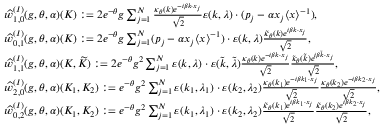
\begin{array} { r l } & { \widehat { w } _ { 1 , 0 } ^ { ( I ) } ( g , \theta , \alpha ) ( K ) : = 2 e ^ { - \theta } g \sum _ { j = 1 } ^ { N } \frac { \kappa _ { \theta } ( k ) e ^ { - i \beta k \cdot x _ { j } } } { \sqrt { 2 } } \varepsilon ( k , \lambda ) \cdot ( p _ { j } - \alpha x _ { j } \langle x \rangle ^ { - 1 } ) , } \\ & { \widehat { w } _ { 0 , 1 } ^ { ( I ) } ( g , \theta , \alpha ) ( K ) : = 2 e ^ { - \theta } g \sum _ { j = 1 } ^ { N } ( p _ { j } - \alpha x _ { j } \langle x \rangle ^ { - 1 } ) \cdot \varepsilon ( k , \lambda ) \frac { \tilde { \kappa } _ { \theta } ( k ) e ^ { i \beta k \cdot x _ { j } } } { \sqrt { 2 } } , } \\ & { \widehat { w } _ { 1 , 1 } ^ { ( I ) } ( g , \theta , \alpha ) ( K , \widetilde { K } ) : = 2 e ^ { - \theta } g ^ { 2 } \sum _ { j = 1 } ^ { N } \varepsilon ( k , \lambda ) \cdot \varepsilon ( \widetilde { k } , \widetilde { \lambda } ) \frac { \kappa _ { \theta } ( k ) e ^ { - i \beta k \cdot x _ { j } } } { \sqrt { 2 } } \frac { \tilde { \kappa } _ { \theta } ( \widetilde { k } ) e ^ { i \beta \widetilde { k } \cdot x _ { j } } } { \sqrt { 2 } } , } \\ & { \widehat { w } _ { 2 , 0 } ^ { ( I ) } ( g , \theta , \alpha ) ( K _ { 1 } , K _ { 2 } ) : = e ^ { - \theta } g ^ { 2 } \sum _ { j = 1 } ^ { N } \varepsilon ( k _ { 1 } , \lambda _ { 1 } ) \cdot \varepsilon ( { k } _ { 2 } , { \lambda } _ { 2 } ) \frac { \kappa _ { \theta } ( k _ { 1 } ) e ^ { - i \beta k _ { 1 } \cdot x _ { j } } } { \sqrt { 2 } } \frac { \kappa _ { \theta } ( k _ { 2 } ) e ^ { - i \beta k _ { 2 } \cdot x _ { j } } } { \sqrt { 2 } } , } \\ & { \widehat { w } _ { 0 , 2 } ^ { ( I ) } ( g , \theta , \alpha ) ( K _ { 1 } , K _ { 2 } ) : = e ^ { - \theta } g ^ { 2 } \sum _ { j = 1 } ^ { N } \varepsilon ( k _ { 1 } , \lambda _ { 1 } ) \cdot \varepsilon ( { k } _ { 2 } , { \lambda } _ { 2 } ) \frac { \tilde { \kappa } _ { \theta } ( k _ { 1 } ) e ^ { i \beta k _ { 1 } \cdot x _ { j } } } { \sqrt { 2 } } \frac { \tilde { \kappa } _ { \theta } ( k _ { 2 } ) e ^ { i \beta k _ { 2 } \cdot x _ { j } } } { \sqrt { 2 } } , } \end{array}